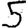
Digit: 5